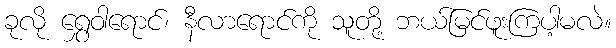
ခုလို ရွှေဝါရောင်၊ နီလာရောင်ကို သူတို့ ဘယ်မြင်ဖူးကြပါ့မလဲ။